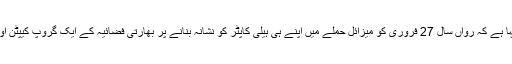
بھارتی میڈیا کے مطابق وزارت دفاع کے ذرائع نے کہا ہے کہ رواں سال 27 فروری کو میزائل حملے میں اپنے ہی ہیلی کاپٹر کو نشانہ بنانے پر بھارتی فضائیہ کے ایک گروپ کیپٹن اور ایک ونگ کمانڈر کورٹ مارشل کا سامنا کریں گے۔